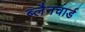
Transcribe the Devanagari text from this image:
ब्लैनचार्ड